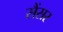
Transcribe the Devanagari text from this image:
सैंसर